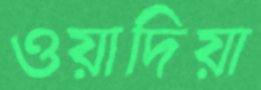
ওয়াদিয়া